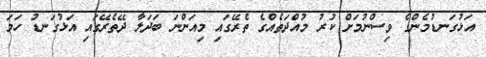
އަޅުގަނޑުމެންގެ ވިސްނުމަށް ކުރު މުއްދަތެއްގެ ތެރޭގައި މިއަންނަ ބަދަލާ ދޭތެރޭގައި އަޅުގަނޑު ހަމަ